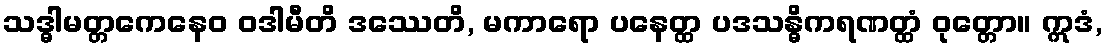
သဒ္ဓါမတ္တကေနေဝ ဝဒါမီတိ ဒဿေတိ, မကာရော ပနေတ္ထ ပဒသန္ဓိကရဏတ္ထံ ဝုတ္တော။ ဣဒံ,